Report on sanitation, dispensaries, and jails in Rajputana for 1917, and on vaccination for the year 1917-1918 - 1917-1918
Year: 1917
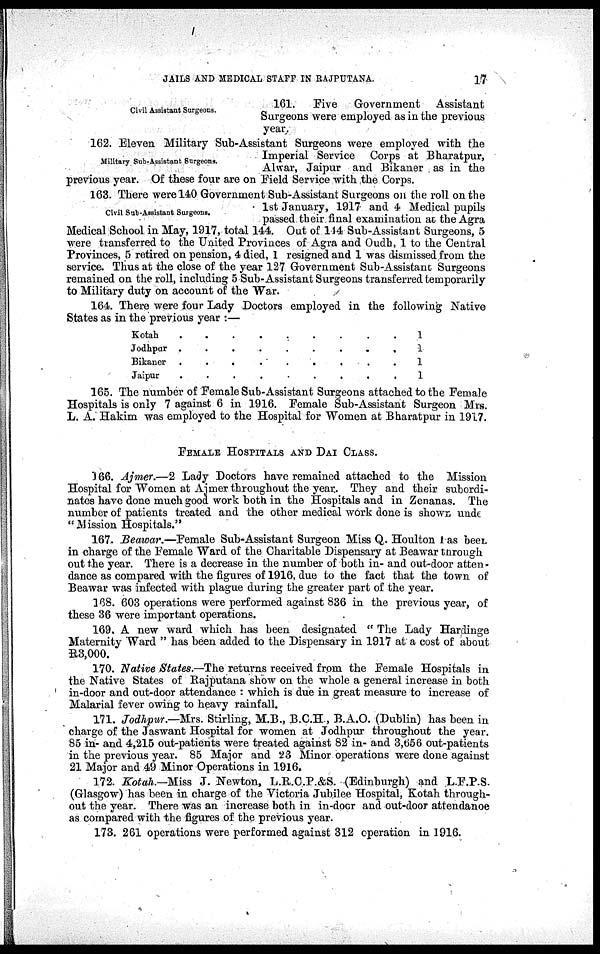
JAILS AND MEDICAL STAFF IN RAJPUTANA.
17
Civil Assistant Surgeons.
161.
Five Government Assistant
Surgeons were employed as in the previous
year.
Military Sub-Assistant Surgeons.
162. Eleven Military Sub-Assistant Surgeons were employed with the
Imperial Service Corps at Bharatpur,
Alwar, Jaipur and Bikaner as in the
previous year. Of these four are on Field Service with the Corps.
Civil Sub-Assistant Surgeons.
163. There were 140 Government Sub-Assistant Surgeons on the roll on the
1st January, 1917 and 4 Medical pupils
passed their final examination at the Agra
Medical School in May, 1917, total 144. Out of 144 Sub-Assistant Surgeons, 5
were transferred to the United Provinces of Agra and Oudh, 1 to the Central
Provinces, 5 retired on pension, 4 died, 1 resigned and 1 was dismissed from the
service. Thus at the close of the year 127 Government Sub-Assistant Surgeons
remained on the roll, including 5 Sub-Assistant Surgeons transferred temporarily
to Military duty on account of the War.
164. There were four Lady Doctors employed in the following Native
States as in the previous year :—
Kotah
.
.
.
.
.
.
.
.
Jodhpur .
.
.
.
.
.
.
.
.
Bikaner .
.
.
.
.
.
.
.
.
Jaipur
.
.
.
.
.
.
.
.
1
1
1
1
165. The number of Female Sub-Assistant Surgeons attached to the Female
Hospitals is only 7 against 6 in 1916. Female Sub-Assistant Surgeon Mrs.
L. A. Hakim was employed to the Hospital for Women at Bharatpur in 1917.
FEMALE HOSPITALS AND DAI CLASS.
166. Ajmer.—2 Lady Doctors have remained attached to the Mission
Hospital for Women at Ajmer throughout the year. They and their subordi-
nates have done much good work both in the Hospitals and in Zenanas. The
number of patients treated and the other medical work done is shows unde
"Mission Hospitals."
167. Beawar.—Female Sub-Assistant Surgeon Miss Q. Houlton has been.
in charge of the Female Ward of the Charitable Dispensary at Beawar through
out the year. There is a decrease in the number of both in- and out-door atten-
dance as compared with the figures of 1916, due to the fact that the town of
Beawar was infected with plague during the greater part of the year.
168. 603 operations were performed against 836 in the previous year, of
these 36 were important operations.
169. A new ward which has been designated " The Lady Hardinge
Maternity Ward " has been added to the Dispensary in 1917 at a cost of about
R3,000.
170. Native States.—The returns received from the Female Hospitals in
the Native States of Rajputana show on the whole a general increase in both
in-door and out-door attendance : which is due in great measure to increase of
Malarial fever owing to heavy rainfall.
171. Jodhpur.—Mrs. Stirling, M.B., B.C.H., B.A.O. (Dublin) has been in
charge of the Jaswant Hospital for women at Jodhpur throughout the year.
85 in- and 4,215 out-patients were treated against 82 in- and 3,656 out-patients
in the previous year. 85 Major and 23 Minor operations were done against
21 Major and 49 Minor Operations in 1916.
172. Kotah.—Miss J. Newton, L.R.C.P.&S. (Edinburgh) and L.F.P.S.
(Glasgow) has been in charge of the Victoria Jubilee Hospital, Kotah through-
out the year. There was an increase both in in-door and out-door attendance
as compared with the figures of the previous year.
173. 261 operations were performed against 312 operation in 1916.